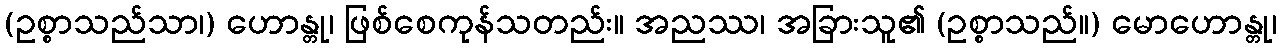
(ဥစ္စာသည်သာ၊) ဟောန္တု၊ ဖြစ်စေကုန်သတည်း။ အညဿ၊ အခြားသူ၏ (ဥစ္စာသည်။) မောဟောန္တု၊